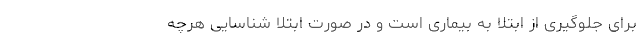
برای جلوگیری از ابتلا به بیماری است و در صورت ابتلا شناسایی هرچه